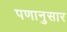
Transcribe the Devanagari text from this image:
पणानुसार